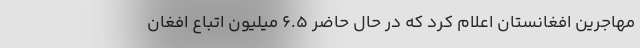
مهاجرین افغانستان اعلام کرد که در حال حاضر 6.5 میلیون اتباع افغان